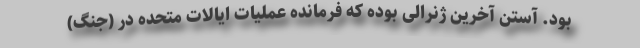
بود. آستن آخرین ژنرالی بوده که فرمانده عملیات ایالات متحده در (جنگ)